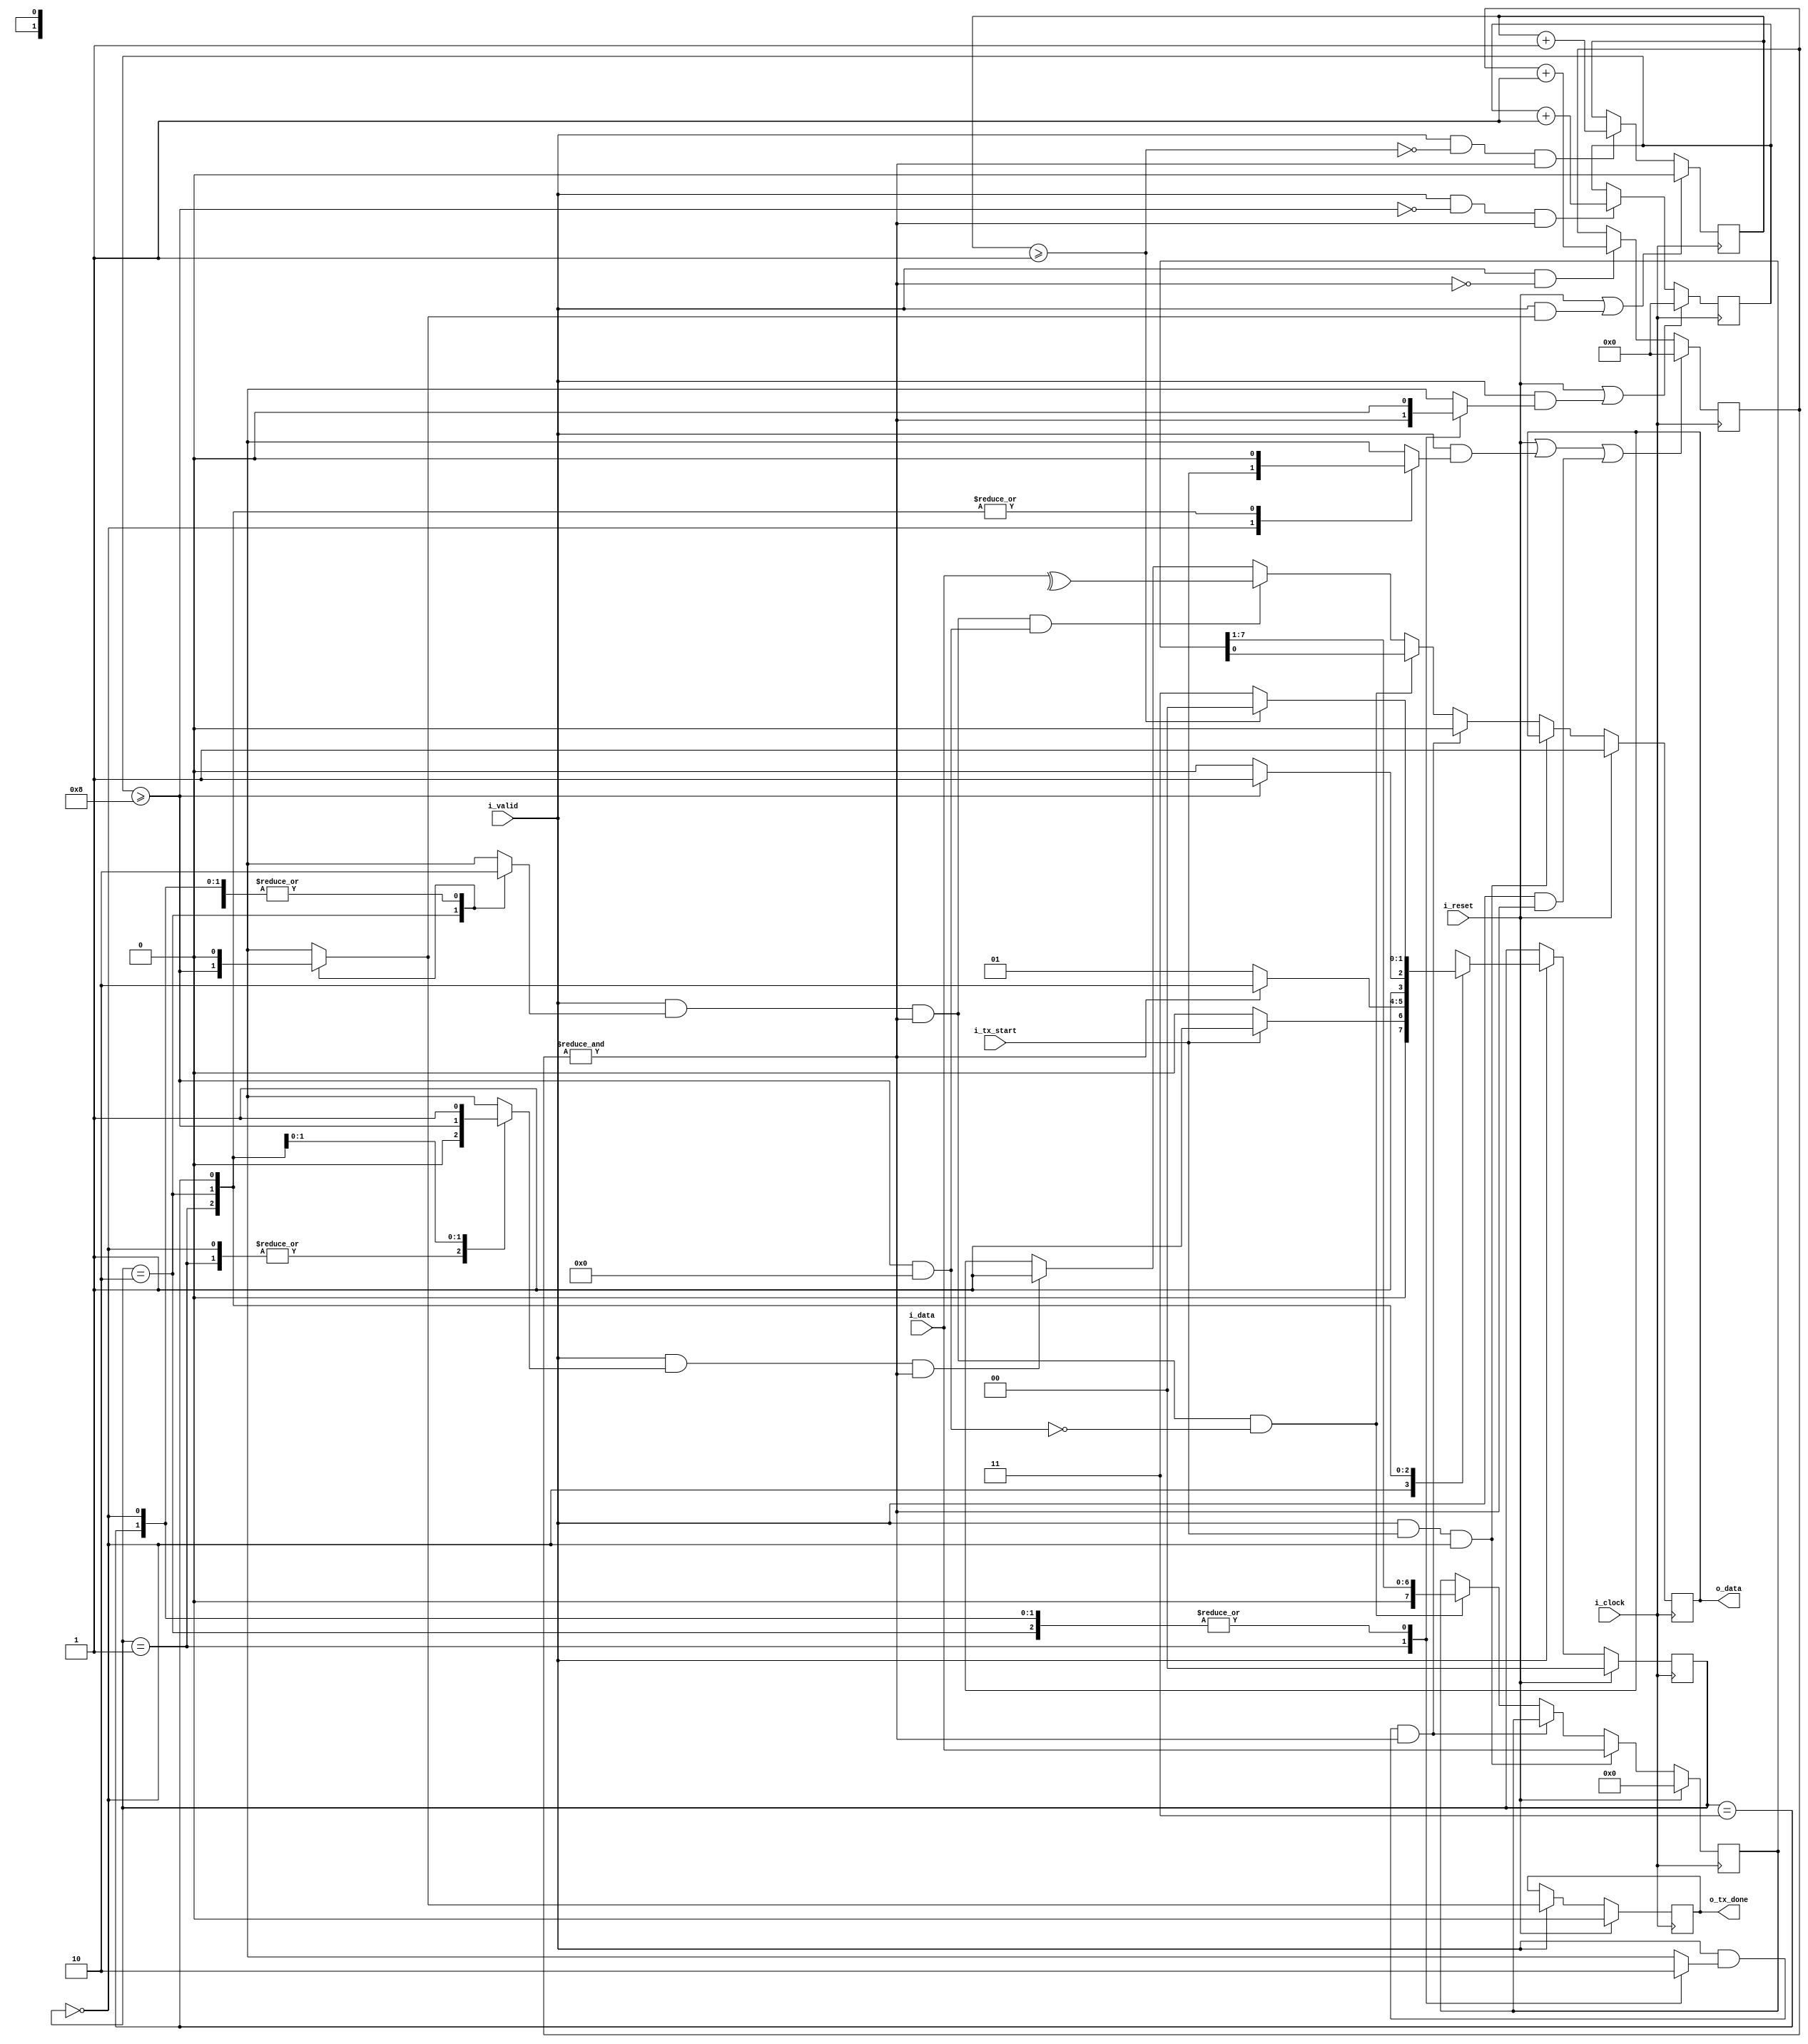
`timescale 1ns / 1ps

module uart_tx 
#(
    // Parameters.
    parameter                                   NB_DATA         = 8 , // Parallelism meaning how many bits of information are ready to be sent
    parameter                                   N_DATA          = 8 , // Nr of bits from frame
    parameter                                   LOG2_N_DATA     = 4 , // LOG2 (N_DATA+PARITY)
    parameter                                   PARITY_CHECK    = 0 , // 1 If parity check is enabled, otherwise 0
    parameter                                   EVEN_ODD_PARITY = 1 , // 1 If parity is even, 0 if it's odd 
    parameter                                   M_STOP          = 1 , // Nr of bits from stop 
    parameter                                   LOG2_M_STOP     = 1                            
)
(
    // Outputs.
    output  reg                                 o_data ,
    output  reg                                 o_tx_done ,   // Data is sent
    // Inputs.
    input   wire    [NB_DATA-1:0]               i_data ,
    input   wire                                i_tx_start ,
    input   wire                                i_valid ,   // Throughput control.

    input   wire                                i_reset ,
    input   wire                                i_clock
) ;

    //==========================================================================
    // LOCAL PARAMETERS.
    //==========================================================================

    // FSM
    localparam                                  NB_STATE        = 2 ;
    localparam      [NB_STATE-1:0]              ST_0_IDLE       = 0 ;
    localparam      [NB_STATE-1:0]              ST_1_START      = 1 ;
    localparam      [NB_STATE-1:0]              ST_2_DATA       = 2 ;
    localparam      [NB_STATE-1:0]              ST_3_STOP       = 3 ;

    // Other
    localparam                                  MAX_TIMER       = 16 ;
    localparam                                  NB_TIMER        = 4 ;

    localparam                                  NB_N_DATA_COUNTER = LOG2_N_DATA ;
    localparam                                  NB_M_STOP_COUNTER = LOG2_M_STOP ;                            

    //==========================================================================
    // INTERNAL SIGNALS.
    //==========================================================================
    reg             [NB_DATA-1:0]                   data ;
    wire                                            parity_bit ; //Signal if the bit to be transmitted is the parity bit

    reg             [NB_TIMER-1:0]                  timer ;
    wire                                            time_out ;

    wire                                            max_n_data_counter ;
    wire                                            max_m_stop_counter ;

    reg             [LOG2_N_DATA-1:0]               n_data_counter ;
    reg             [LOG2_M_STOP-1:0]               m_stop_counter ;

    // FSM
    reg             [NB_STATE-1:0]                  state ;
    reg             [NB_STATE-1:0]                  next_state ;

    reg                                             fsmo_start_bit ;
    reg                                             fsmo_reset_n_data_counter ; //Control signal to reset data counter
    reg                                             fsmo_reset_m_stop_counter ; //Control signal to reset stop counter
    reg                                             fsmo_reset_timer ;
    reg                                             fsmo_transmit_data ;
    reg                                             fsmo_tx_done ;
    reg                                             fsmo_stop_bit ;

    //==========================================================================
    // ALGORITHM.
    //==========================================================================

    //----------------------------------
    //FSM
    //----------------------------------

    // State update.
    always @( posedge i_clock )
    begin
        if ( i_reset )
            state <= ST_0_IDLE ;
        else if ( i_valid )
            state <= next_state ;
    end

    // Calculate next state and FSM outputs.
    always @( * )
    begin

        next_state                  = ST_0_IDLE ;
        fsmo_start_bit              = 1'b0 ;
        fsmo_reset_timer            = 1'b0 ;
        fsmo_reset_n_data_counter   = 1'b0 ;
        fsmo_reset_m_stop_counter   = 1'b0 ;
        fsmo_transmit_data          = 1'b0 ;
        fsmo_tx_done                = 1'b0 ;
        fsmo_stop_bit               = 1'b0 ;

        case ( state )
            ST_0_IDLE :
            begin
                casez ( {time_out, i_tx_start, max_n_data_counter, max_m_stop_counter} )
                    4'b?1??: next_state = ST_1_START ;
                    default: next_state = ST_0_IDLE ;
                endcase
            fsmo_start_bit              = 1'b0 ;
            fsmo_reset_timer            = i_tx_start ;
            fsmo_reset_n_data_counter   = 1'b0 ;
            fsmo_reset_m_stop_counter   = 1'b0 ;
            fsmo_transmit_data          = 1'b0 ;
            fsmo_tx_done                = 1'b0 ;
            fsmo_stop_bit               = 1'b0 ;
            end

            ST_1_START :
            begin
                casez ( {time_out, i_tx_start, max_n_data_counter, max_m_stop_counter} )
                    4'b1???: next_state = ST_2_DATA ;
                    default: next_state = ST_1_START ;
                endcase
            fsmo_start_bit              = 1'b1 ;
            fsmo_reset_timer            = 1'b0 ;
            fsmo_reset_n_data_counter   = time_out ;
            fsmo_reset_m_stop_counter   = 1'b0 ;
            fsmo_transmit_data          = 1'b0 ;
            fsmo_tx_done                = 1'b0 ; 
            fsmo_stop_bit               = 1'b0 ;
            end

            ST_2_DATA :
            begin
                casez ( {time_out, i_tx_start, max_n_data_counter, max_m_stop_counter} )
                    4'b??1?: next_state = ST_3_STOP ;
                    default: next_state = ST_2_DATA ;
                endcase
            fsmo_start_bit              = 1'b0 ;
            fsmo_reset_timer            = 1'b0 ;
            fsmo_reset_n_data_counter   = 1'b0 ;
            fsmo_reset_m_stop_counter   = max_n_data_counter ;
            fsmo_transmit_data          = 1'b1 ;
            fsmo_tx_done                = max_n_data_counter ;
            fsmo_stop_bit               = max_n_data_counter ;
            end

            ST_3_STOP :
            begin
                casez ( {time_out, i_tx_start, max_n_data_counter, max_m_stop_counter} )
                    4'b???1: next_state = ST_0_IDLE ;
                    default: next_state = ST_3_STOP ;
                endcase
            fsmo_start_bit              = 1'b0 ;
            fsmo_reset_timer            = 1'b0 ;
            fsmo_reset_n_data_counter   = 1'b0 ;
            fsmo_reset_m_stop_counter   = 1'b0 ;
            fsmo_transmit_data          = 1'b0 ;
            fsmo_tx_done                = 1'b0 ;
            fsmo_stop_bit               = 1'b1 ;
            end

        endcase
    end


    //----------------------------------
    //OTHER LOGIC
    //----------------------------------

    // Timer logic
    /*
    Timer que cuenta ticks para sincronizar los datos.
    */
    always @( posedge i_clock )
    begin
        if ( i_reset || i_valid && fsmo_reset_timer || i_valid && time_out )
            timer <= {NB_TIMER{1'b0}} ;
        else if ( i_valid && !time_out )
            timer <= timer + 1'b1 ;
    end

    assign time_out = &timer;

    // N_DATA Counter
    /*
    Contador que cuenta la cantidad de bits de datos en el frame.
    Al llegar a max_n_data_counter, se resetea.
    */
    always @( posedge i_clock )
    begin
        if ( i_reset || i_valid && fsmo_reset_n_data_counter )
            n_data_counter <= {NB_N_DATA_COUNTER{1'b0}} ;
        else if ( i_valid && !max_n_data_counter && time_out)
            n_data_counter <= n_data_counter + 1'b1 ;
    end

    assign max_n_data_counter = ( n_data_counter >= (N_DATA + PARITY_CHECK) ) ;
    assign parity_bit = (n_data_counter >= N_DATA) && PARITY_CHECK ;

    // M_STOP Counter
    /*
    Contador que cuenta la cantidad de bits de stop en el frame.
    Al llegar a max_m_stop_counter, se resetea.
    */
    always @( posedge i_clock )
    begin
        if ( i_reset || i_valid && fsmo_reset_m_stop_counter )
            m_stop_counter <= {NB_M_STOP_COUNTER{1'b0}} ;
        else if ( i_valid && !max_m_stop_counter && time_out)
            m_stop_counter <= m_stop_counter + 1'b1 ;
    end

    assign max_m_stop_counter = ( m_stop_counter >= M_STOP) ;    

    // Data copy into internal register

    // Frame composition + TX
   always @( posedge i_clock )
     begin
        if ( i_reset ) begin
           o_data <= 1'b1 ;
           data <= {NB_DATA{1'b0}} ;
        end
        else if ( i_valid && i_tx_start && (state==ST_0_IDLE))
          data <= i_data ;
        else if ( i_valid && fsmo_start_bit && time_out )
            o_data <= 1'b0 ;
        else if ( i_valid && fsmo_transmit_data && time_out && !parity_bit) begin
            //o_data <= data ;
            //data <= data>>1'b1 ;
            {data, o_data} <= {1'b0, data} ;
            end
        else if ( i_valid && fsmo_transmit_data && time_out && parity_bit )
            o_data <= (EVEN_ODD_PARITY == 1'b1) ? ^i_data : ~^i_data ;
        else if ( i_valid && fsmo_stop_bit && time_out )
            o_data <= 1'b1 ;      
    end

    // tx_done
    always @ ( posedge i_clock )
    begin
        if ( i_reset )
            o_tx_done <= 1'b0 ;
        else if ( i_valid )
            o_tx_done <= fsmo_tx_done;
    end

endmodule